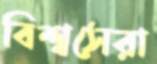
বিশ্বসেরা